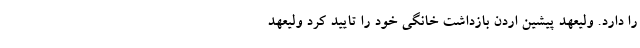
را دارد. ولیعهد پیشین اردن بازداشت خانگی خود را تأیید کرد ولیعهد